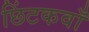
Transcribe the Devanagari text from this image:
छिंटकवाँ